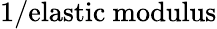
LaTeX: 1/{\mathrm{elastic~modulus}}